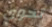
تحوي